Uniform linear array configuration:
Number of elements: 32
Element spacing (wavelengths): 0.25
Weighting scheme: exponential
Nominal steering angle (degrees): -30
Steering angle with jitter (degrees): -29.716
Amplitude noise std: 0.05
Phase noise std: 0.05

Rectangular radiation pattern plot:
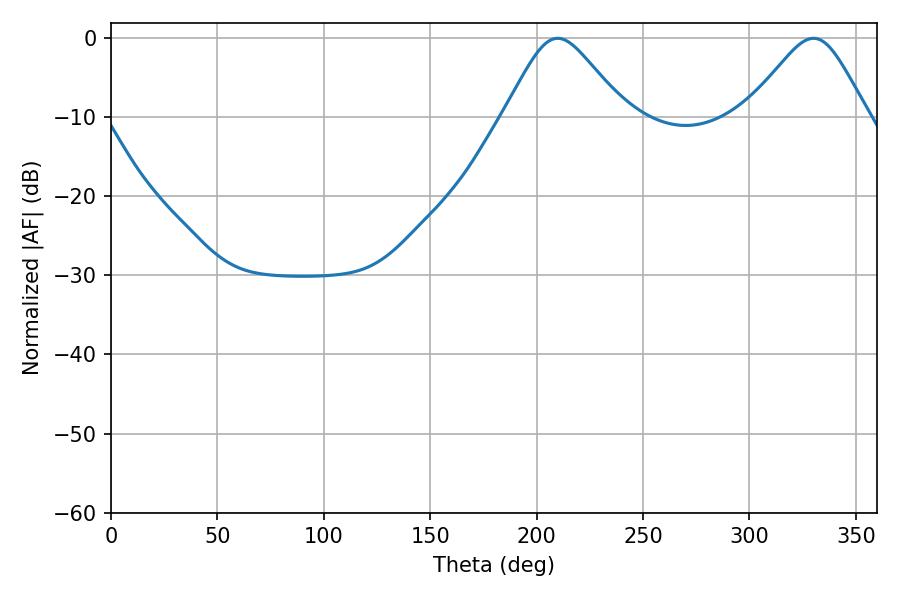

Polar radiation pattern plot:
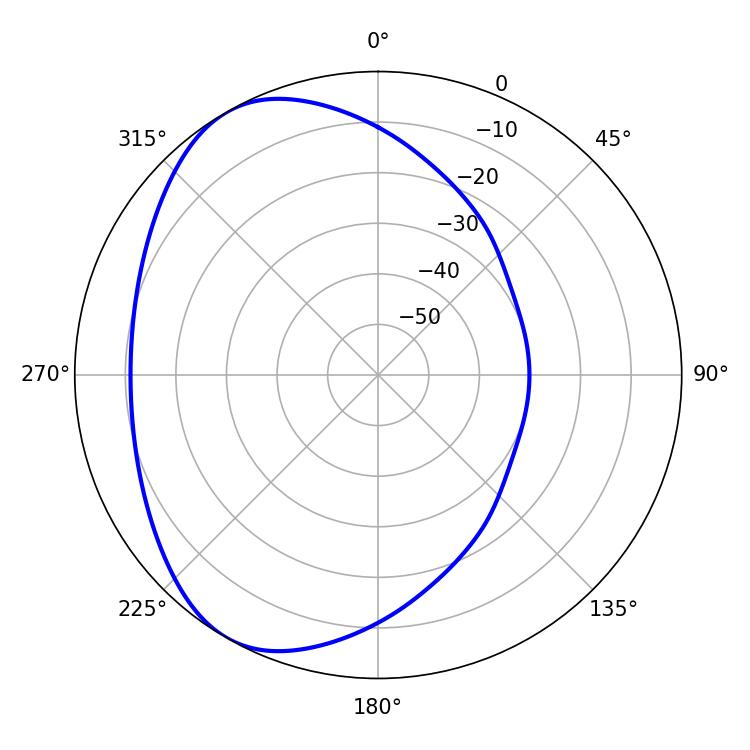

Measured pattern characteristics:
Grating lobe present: FALSE
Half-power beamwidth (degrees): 27.36
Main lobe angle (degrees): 330.12